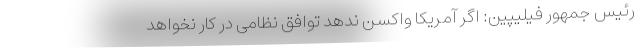
رئیس جمهور فیلیپین: اگر آمریکا واکسن ندهد توافق نظامی در کار نخواهد